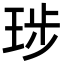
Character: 㻉